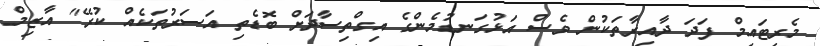
މެރިޓައިމް ފަދަ ދާއިރާތަކުން ވެސް އަޅުގަނޑުމެންގެ އިގްތިސާދަށް ބޮޑެތި އަސަރުތަކެއް ކުރޭ" އާޒިމް